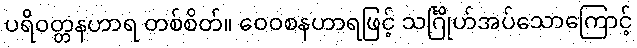
ပရိဝတ္တနဟာရ တစ်စိတ်။ ဝေဝစနဟာရဖြင့် သင်္ဂြိုဟ်အပ်သောကြောင့်